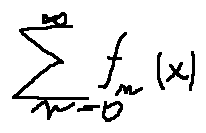
\sum \limits _ { n = 0 } ^ { \infty } f _ { n } ( x )